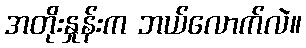
အတိုးနှုန်းက ဘယ်လောက်လဲ။